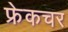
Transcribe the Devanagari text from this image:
फ्रेकचर